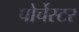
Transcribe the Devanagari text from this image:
पोर्चेस्टर